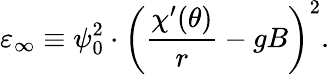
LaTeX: \varepsilon_{\infty}\equiv\psi_{0}^{2}\cdot\left(\frac{\chi^{\prime}(\theta)}r-gB\right)^{2}.